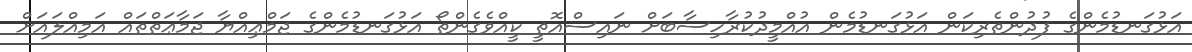
އަޅުގަނޑުމެންގެ ފުދުންތެރިކަން އަޅުގަނޑުމެން އުއްމީދުކުރާހިސާބަށް ނައިސްއޮތީ ކީއްވެގެންތޯ އަޅުގަނޑުމެންގެ ޖަމްޢިއްޔާ ޖަމާޢަތްތައް އަމިއްލައަށް